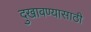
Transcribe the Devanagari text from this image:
दुखावण्यासाठी